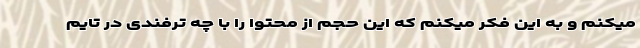
میکنم و به این فکر میکنم که این حجم از محتوا را با چه ترفندی در تایم